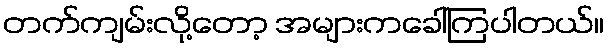
တက်ကျမ်းလို့တော့ အများကခေါ်ကြပါတယ်။